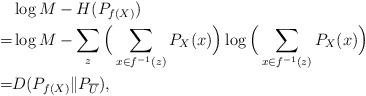
\begin{align*}&\log M - H(P_{f(X)}) \\=&\log M - \sum_{z} \Big(\sum_{x\in f^{-1}(z)} P_X(x)\Big) \log \Big(\sum_{x\in f^{-1}(z)} P_X(x)\Big) \\=&D(P_{f(X)} \| P_{\overline{U}}),\end{align*}